Rangoon Lunatic Asylum 1878-1892 - 1878-1892
Year: 1878
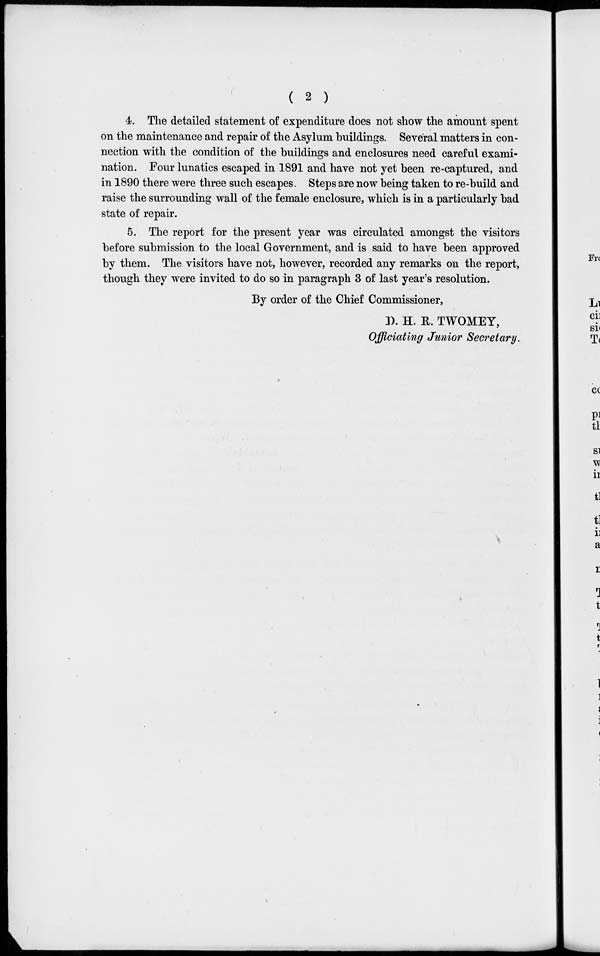
( 2 )
4. The detailed statement of expenditure does not show the amount spent
on the maintenance and repair of the Asylum buildings. Several matters in con-
nection with the condition of the buildings and enclosures need careful exami-
nation. Four lunatics escaped in 1891 and have not yet been re-captured, and
in 1890 there were three such escapes. Steps are now being taken to re-build and
raise the surrounding wall of the female enclosure, which is in a particularly bad
state of repair.
5. The report for the present year was circulated amongst the visitors
before submission to the local Government, and is said to have been approved
by them. The visitors have not, however, recorded any remarks on the report,
though they were invited to do so in paragraph 3 of last year's resolution.
By order of the Chief Commissioner,
D. H. R. TWOMEY,
Officiating Junior Secretary.